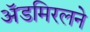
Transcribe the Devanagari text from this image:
ॲडमिरलने